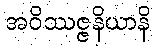
အဝိဿဇ္ဇနိယာနိ